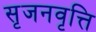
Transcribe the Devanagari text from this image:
सृजनवृत्ति